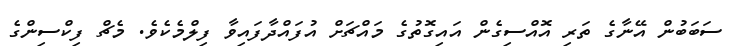
ސަބަބުން އޭނާގެ ތަރި އޮއްސިގެން އައިގޮތުގެ މައްޗަށް އުފައްދާފައިވާ ފިލްމެކެވެ. މެޗް ފިކްސިންގެ